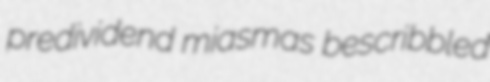
predividend miasmas bescribbled